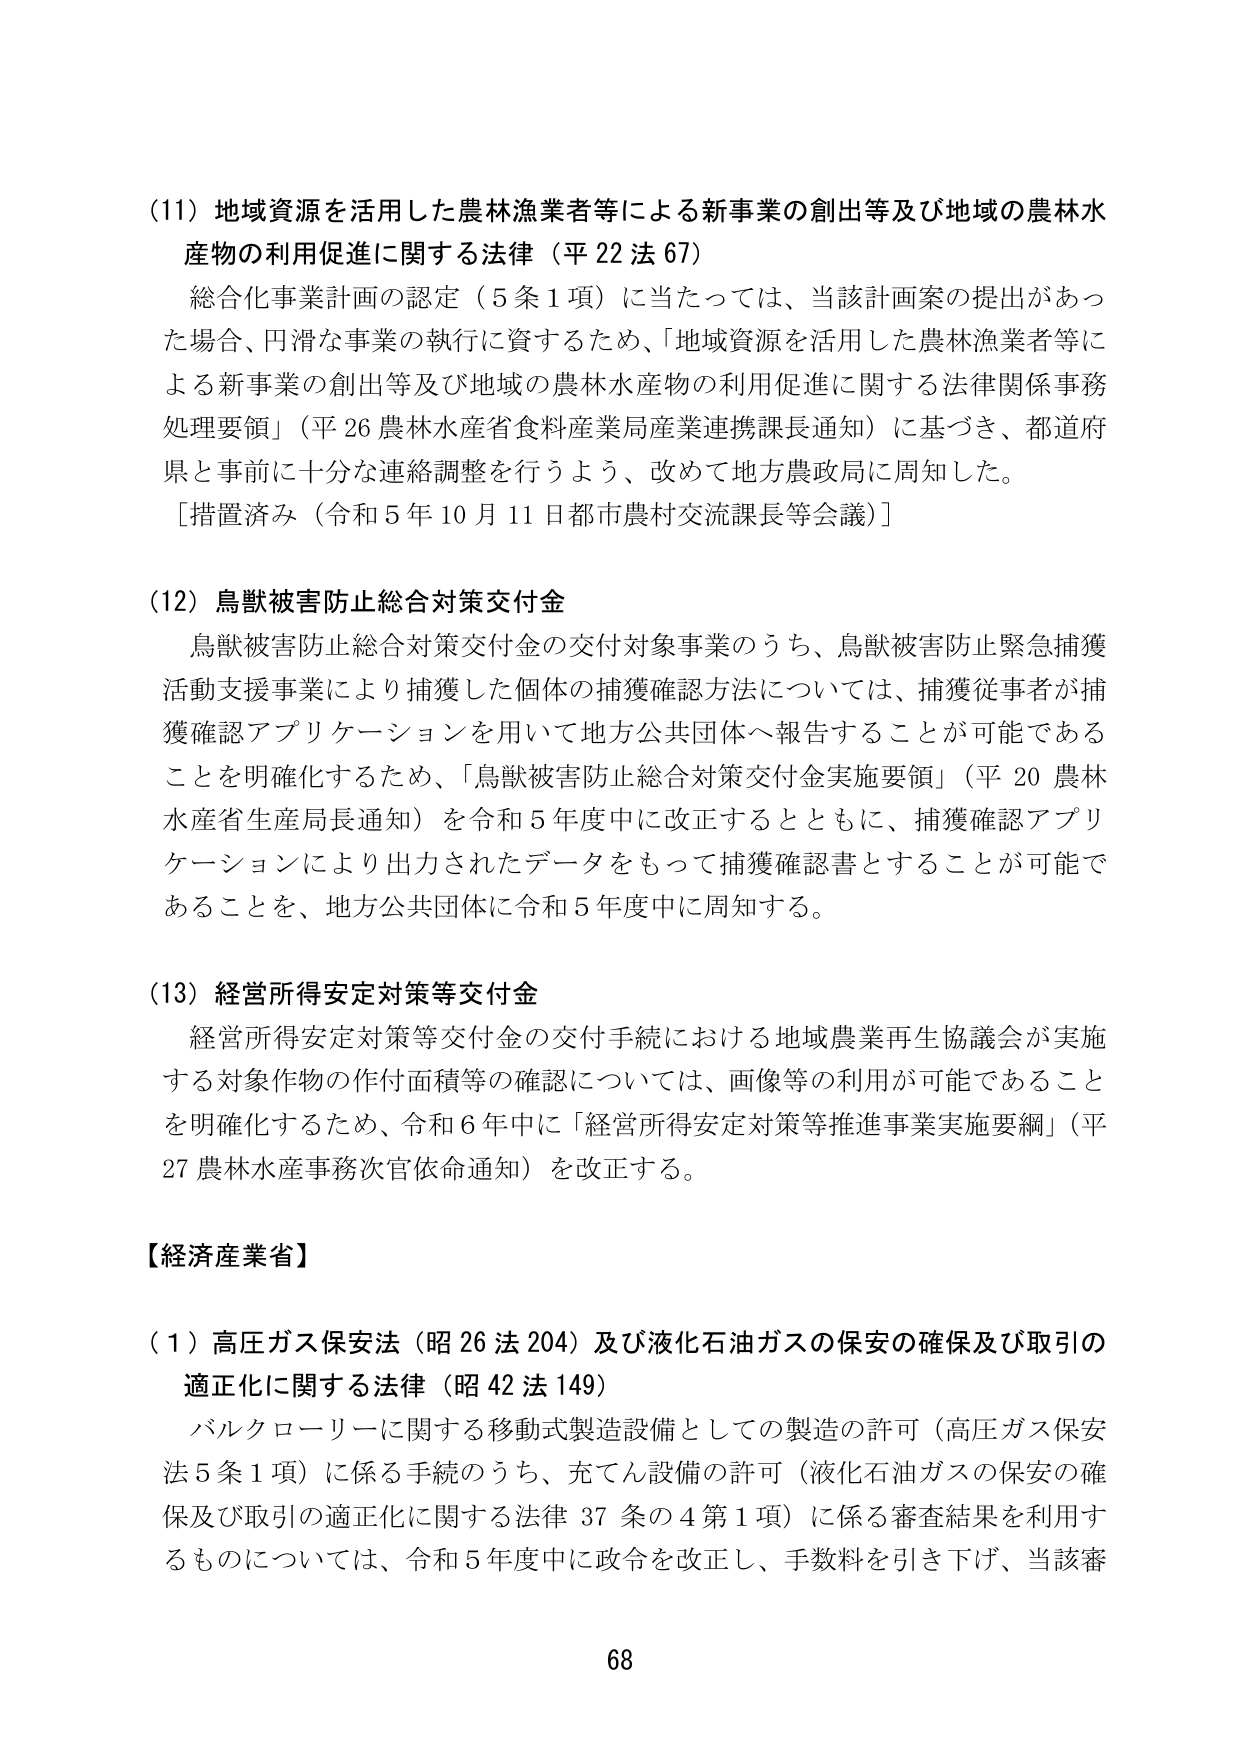
(11) 地域資源を活用した農林漁業者等による新事業の創出等及び地域の農林水産物の利用促進に関する法律（平22法67）
　総合化事業計画の認定（5条1項）に当たっては、当該計画案の提出があった場合、円滑な事業の執行に資するため、「地域資源を活用した農林漁業者等による新事業の創出等及び地域の農林水産物の利用促進に関する法律関係事務処理要領」（平26農林水産省食料産業局産業連携課長通知）に基づき、都道府県と事前に十分な連絡調整を行うよう、改めて地方農政局に周知した。
　［措置済み（令和5年10月11日都市農村交流課長等会議）］

(12) 鳥獣被害防止総合対策交付金
　鳥獣被害防止総合対策交付金の交付対象事業のうち、鳥獣被害防止緊急捕獲活動支援事業により捕獲した個体の捕獲確認方法については、捕獲従事者が捕獲確認アプリケーションを用いて地方公共団体へ報告することが可能であることを明確化するため、「鳥獣被害防止総合対策交付金実施要領」（平20農林水産省生産局長通知）を令和5年度中に改正するとともに、捕獲確認アプリケーションにより出力されたデータをもって捕獲確認書とすることが可能であることを、地方公共団体に令和5年度中に周知する。

(13) 経営所得安定対策等交付金
　経営所得安定対策等交付金の交付手続における地域農業再生協議会が実施する対象作物の作付面積等の確認については、画像等の利用が可能であることを明確化するため、令和6年中に「経営所得安定対策等推進事業実施要綱」（平27農林水産事務次官依命通知）を改正する。

【経済産業省】
(1) 高圧ガス保安法（昭26法204）及び液化石油ガスの保安の確保及び取引の適正化に関する法律（昭42法149）
　バルクローリーに関する移動式製造設備としての製造の許可（高圧ガス保安法5条1項）に係る手続のうち、充てん設備の許可（液化石油ガスの保安の確保及び取引の適正化に関する法律37条の4第1項）に係る審査結果を利用するものについては、令和5年度中に政令を改正し、手数料を引き下げ、当該審

68